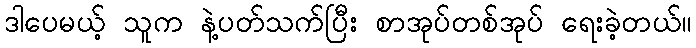
ဒါပေမယ့် သူက နဲ့ပတ်သက်ပြီး စာအုပ်တစ်အုပ် ရေးခဲ့တယ်။